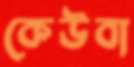
কেউবা